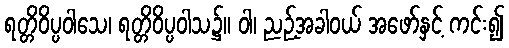
ရတ္တိဝိပ္ပဝါသေ၊ ရတ္တိဝိပ္ပဝါသ၌။ ဝါ၊ ညဉ့်အခါဝယ် အဖော်နှင့် ကင်း၍